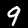
Digit: 9